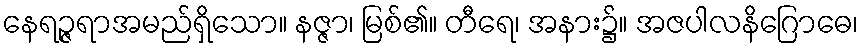
နေရဉ္ဇရာအမည်ရှိသော။ နဇ္ဇာ၊ မြစ်၏။ တီရေ၊ အနား၌။ အဇပါလနိဂြောဓေ၊